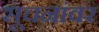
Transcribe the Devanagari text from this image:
सूचनांवर